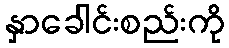
နှာခေါင်းစည်းကို